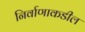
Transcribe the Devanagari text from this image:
निर्वाणाकडील